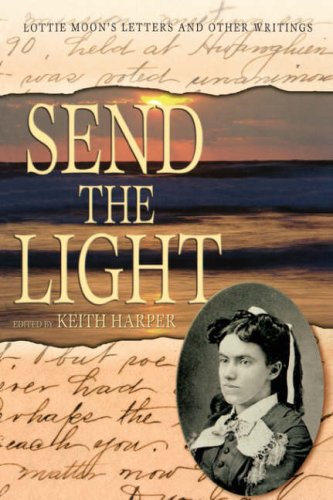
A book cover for SEND THE LIGHT: LOTTIE MOON (Baptists: History, Literature, Theology, Hymns); Keith Harper; Christian Books & Bibles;